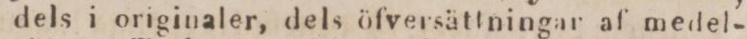
dels i originaler, dels öfversättningar af medel-